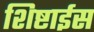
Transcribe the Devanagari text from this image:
शिष्टाईस